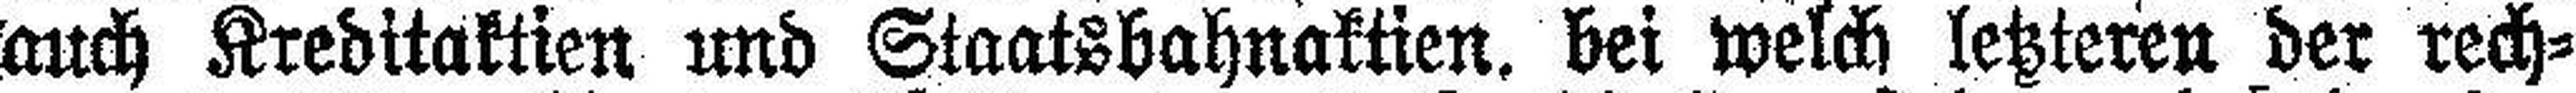
auch Kreditaktien und Staatsbahnaktien, bei welch letzteren der rech¬